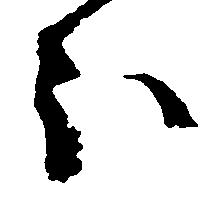
ほ